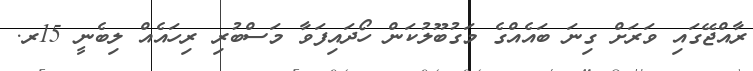
ރާއްޖޭގައި ވަރަށް ގިނަ ބައެއްގެ މަގުބޫލުކަން ހޯދައިފަވާ މަސްބުރި ރިހައެއް ލިބެނީ 15ރ.